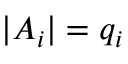
| A _ { i } | = q _ { i }